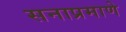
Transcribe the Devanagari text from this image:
सनाप्रमाणे